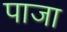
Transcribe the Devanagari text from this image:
पाजा